Document type: Sale
Year: 1305
Scribe: Bernat de Vilarúbia
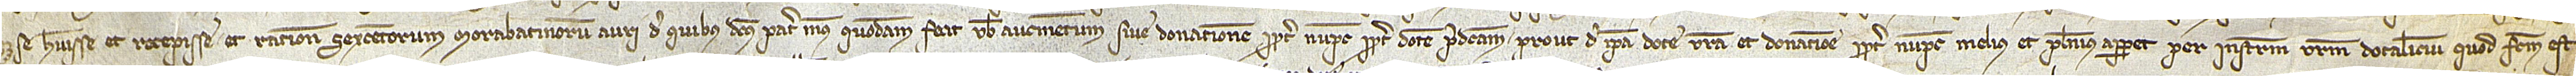
se habuisse et recepisse, et ratione sexcentorum morabatinorum auri, de quibus dictus pater meus, quondam, fecit vobis aucmentum sive donationem propter nupcias propter dotem predictam; prout de ipsa dote vestra et donatione propter nupcias melius et plenius apparet per instrumentum vestrum dotalicium, quod factum est